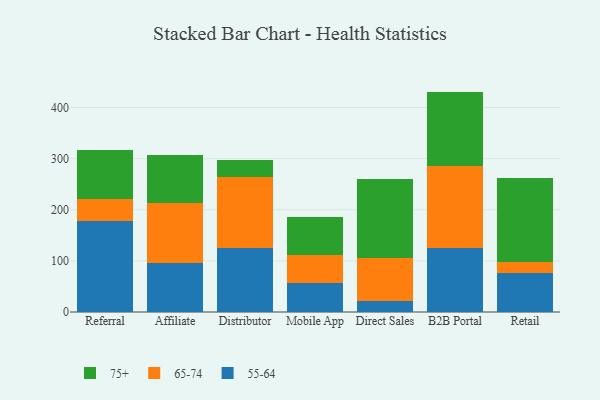
{"axis": {"x": "Channel", "y": "Population (Million)"}, "legend": ["55-64", "65-74", "75+"], "data": [{"x": "Referral", "y": 177.8, "type": "55-64"}, {"x": "Referral", "y": 42.3, "type": "65-74"}, {"x": "Referral", "y": 96.8, "type": "75+"}, {"x": "Affiliate", "y": 96.0, "type": "55-64"}, {"x": "Affiliate", "y": 116.4, "type": "65-74"}, {"x": "Affiliate", "y": 94.1, "type": "75+"}, {"x": "Distributor", "y": 125.2, "type": "55-64"}, {"x": "Distributor", "y": 138.7, "type": "65-74"}, {"x": "Distributor", "y": 33.9, "type": "75+"}, {"x": "Mobile App", "y": 57.4, "type": "55-64"}, {"x": "Mobile App", "y": 54.3, "type": "65-74"}, {"x": "Mobile App", "y": 75.0, "type": "75+"}, {"x": "Direct Sales", "y": 21.3, "type": "55-64"}, {"x": "Direct Sales", "y": 83.4, "type": "65-74"}, {"x": "Direct Sales", "y": 155.5, "type": "75+"}, {"x": "B2B Portal", "y": 125.7, "type": "55-64"}, {"x": "B2B Portal", "y": 160.7, "type": "65-74"}, {"x": "B2B Portal", "y": 144.7, "type": "75+"}, {"x": "Retail", "y": 76.2, "type": "55-64"}, {"x": "Retail", "y": 21.6, "type": "65-74"}, {"x": "Retail", "y": 163.5, "type": "75+"}]}